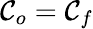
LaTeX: \mathcal{C}_{o}=\mathcal{C}_{f}